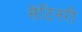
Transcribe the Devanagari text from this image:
सेंटिनरी